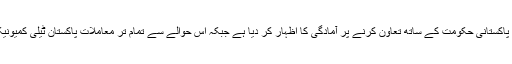
فیس بک کے بعد ٹوئٹر حکام نے بھی پاکستانی حکومت کے ساتھ تعاون کرنے پر آمادگی کا اظہار کر دیا ہے جبکہ اس حوالے سے تمام تر معاملات پاکستان ٹیلی کمیونیکیشن اتھارٹی (پی ٹی اے) دیکھے گی۔